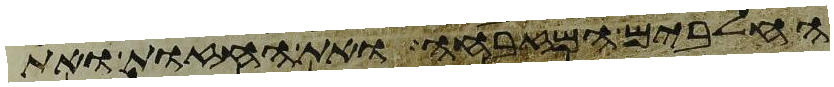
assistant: החלבים המזבחה ואת החזות ואת